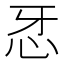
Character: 𢗬